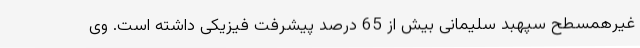
غیرهمسطح سپهبد سلیمانی بیش از 65 درصد پیشرفت فیزیکی داشته است. وی